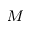
_ M